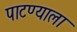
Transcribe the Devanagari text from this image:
पाटण्याला